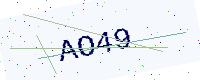
Text: AO49